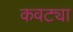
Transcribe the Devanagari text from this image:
कवट्या